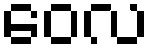
ဝေလ